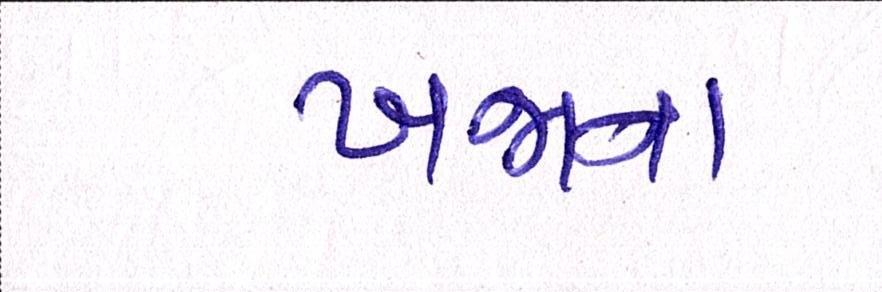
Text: ખજાના